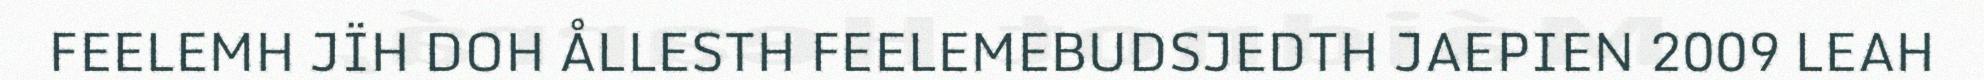
FEELEMH JÏH DOH ÅLLESTH FEELEMEBUDSJEDTH JAEPIEN 2009 LEAH